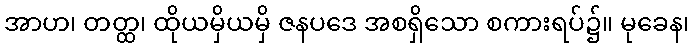
အာဟ၊ တတ္ထ၊ ထိုယမှိယမှိ ဇနပဒေ အစရှိသော စကားရပ်၌။ မုခေန၊